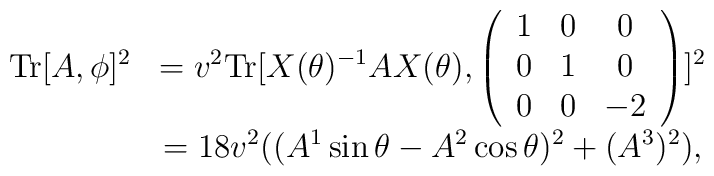
\begin{array}{cc}{\rm Tr}[A,\phi]^2&=v^2{\rm Tr}[X(\theta)^{-1}AX(\theta),\left( \begin{array}{ccc} 1&0&0\\ 0&1&0\\ 0&0&-2\end{array}\right)]^2\\&=18 v^2 ((A^1 \sin\theta-A^2\cos\theta)^2 +(A^3)^2),\end{array}